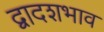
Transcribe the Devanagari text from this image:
द्वादशभाव